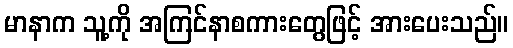
မာနာက သူ့ကို အကြင်နာစကားတွေဖြင့် အားပေးသည်။